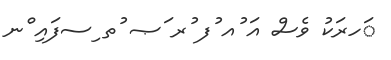
ަހރަކު ވެސް އަ ުއ ުފ ުރ ަޞ ުތ ިސފައި ްނ